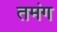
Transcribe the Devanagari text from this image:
तमंग